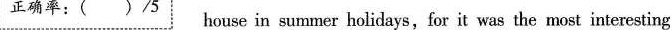
正确率:( )/5 house in summer holidays,for it was the most interesting